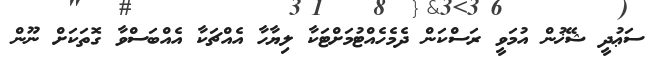
ސަޢުދީ ޝޭޚުން އުމަވީ ރަސްކަން ދެމެހެއްޓުމަށްޓަކާ ލިޔާހާ އެއްޗަކާ އެއްބަސްވާ ގޮތަކަށް ނޫން